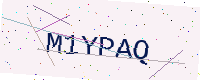
Text: M1YPAQ